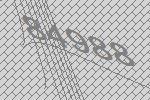
84988